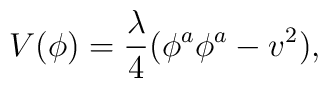
V(\phi) = \frac{\lambda}{4}( \phi^{a} \phi^a - v^2),